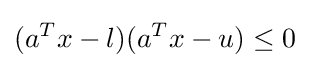
(a^{T}x-l)(a^{T}x-u)\leq 0